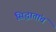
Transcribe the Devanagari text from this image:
सिद्धातांचं